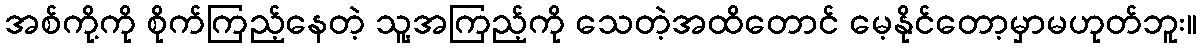
အစ်ကို့ကို စိုက်ကြည့်နေတဲ့ သူ့အကြည့်ကို သေတဲ့အထိတောင် မေ့နိုင်တော့မှာမဟုတ်ဘူး။